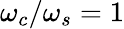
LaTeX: \omega_{c}/\omega_{s}=1